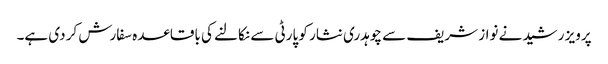
پرویز رشید نے نواز شریف سے چوہدری نثار کو پارٹی سے نکالنے کی باقاعدہ سفارش کر دی ہے۔